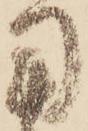
用